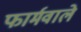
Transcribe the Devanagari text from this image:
फार्मवाले